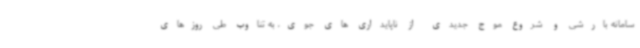
سامانه بارشی و شروع موج جدیدی از ناپایداری های جوی، به تناوب طی روزهای